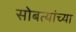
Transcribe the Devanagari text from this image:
सोबत्यांच्या